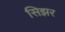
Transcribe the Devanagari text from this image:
सिझर